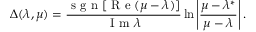
\Delta ( \lambda , \mu ) = \frac { \mathrm { ~ s ~ g ~ n ~ } [ \mathrm { ~ R ~ e ~ } ( \mu - \lambda ) ] } { \mathrm { ~ I ~ m ~ } \lambda } \ln \left| \frac { \mu - \lambda ^ { * } } { \mu - \lambda } \right| .